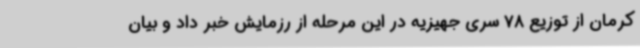
کرمان از توزیع 78 سری جهیزیه در این مرحله از رزمایش خبر داد و بیان